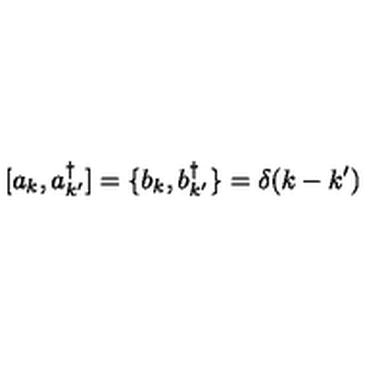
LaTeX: [ a _ { k } , a _ { k ^ { \prime } } ^ { \dagger } ] = \{ b _ { k } , b _ { k ^ { \prime } } ^ { \dagger } \} = \delta ( k - k ^ { \prime } )